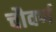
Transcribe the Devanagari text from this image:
चौवर्ण